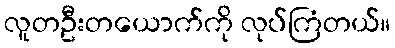
လူတဦးတယောက်ကို လုပ်ကြံတယ်။